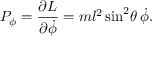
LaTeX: P _ { \phi } = { \frac { \partial L } { \partial { \dot { \phi } } } } = m l ^ { 2 } \sin ^ { 2 } \! \theta \, { \dot { \phi } } .